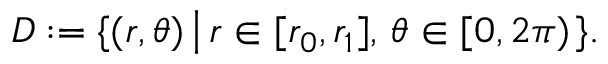
D : = \{ ( r , \theta ) \left| \, r \in [ r _ { 0 } , r _ { 1 } ] , \, \theta \in [ 0 , 2 \pi ) \right. \} .